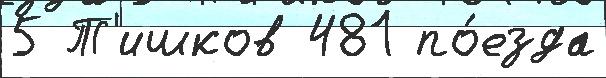
5 Т'ишков 481 по́езда